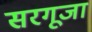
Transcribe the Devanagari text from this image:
सरगूजा